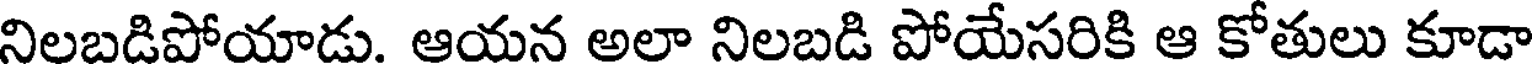
నిలబడిపోయాడు. ఆయన అలా నిలబడి పోయేసరికి ఆ కోతులు కూడా